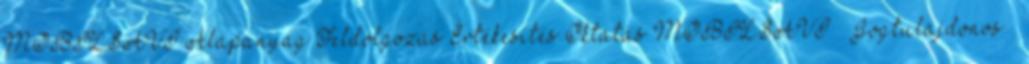
MOBILSAVI Alapanyag Feldolgozás Értékesítés Oktatás MOBILSAVI Jogtulajdonos